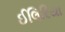
ઈલિરિયા